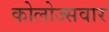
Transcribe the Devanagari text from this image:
कोलोज्सवार